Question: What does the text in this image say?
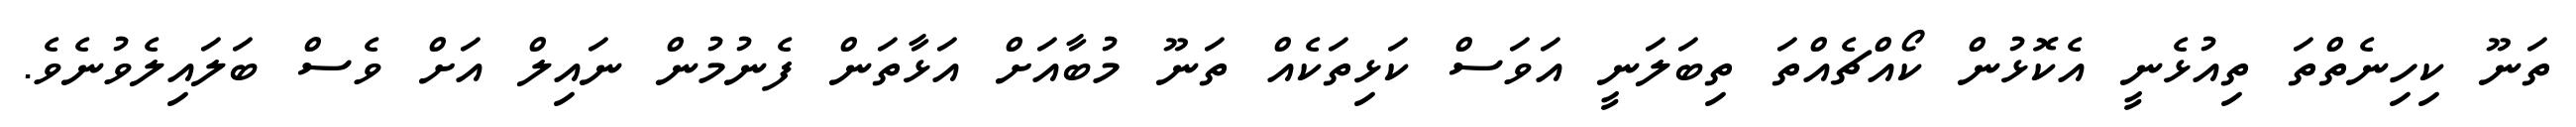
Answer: ތަނޫ ކިހިނެތްތަ ތިއުޅެނީ އެކޮޅުން ކޯއްޗެއްތަ ތިބަލަނީ އަވަސް ކަޅިތަކެއް ތަނޫ މުބާއަށް އަޅާތަން ފެނުމުން ނައިލް އަށް ވެސް ބަލައިލެވުނެވެ.